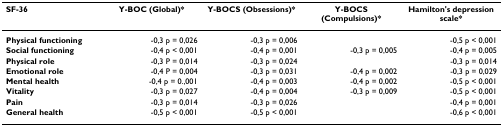
<table><thead><tr><td><b>SF-36</b></td><td><b>Y-BOC (Global)*</b></td><td><b>Y-BOCS (Obsessions)*</b></td><td><b>Y-BOCS (Compulsions)*</b></td><td><b>Hamilton&#x27;s depression scale*</b></td></tr></thead><tbody><tr><td><b>Physical functioning</b></td><td>-0,3 p = 0,026</td><td>-0,3 p = 0,006</td><td></td><td>-0,5 p &lt; 0,001</td></tr><tr><td><b>Social functioning</b></td><td>-0,4 p &lt; 0,001</td><td>-0,4 p = 0,001</td><td>-0,3 p = 0,005</td><td>-0,4 p = 0,005</td></tr><tr><td><b>Physical role</b></td><td>-0,3 P = 0,014</td><td>-0,3 p = 0,024</td><td></td><td>-0,3 p = 0,014</td></tr><tr><td><b>Emotional role</b></td><td>-0,4 P = 0,004</td><td>-0,3 p = 0,031</td><td>-0,4 p = 0,002</td><td>-0,3 p = 0,029</td></tr><tr><td><b>Mental health</b></td><td>-0,4 p = 0.,001</td><td>-0,4 p = 0,003</td><td>-0,4 p = 0,002</td><td>-0,5 p &lt; 0,001</td></tr><tr><td><b>Vitality</b></td><td>-0,3 p = 0,027</td><td>-0,4 p = 0,004</td><td>-0,3 p = 0,009</td><td>-0,5 p &lt; 0,001</td></tr><tr><td><b>Pain</b></td><td>-0,3 p = 0,014</td><td>-0,3 p = 0,026</td><td></td><td>-0,4 p = 0,001</td></tr><tr><td><b>General health</b></td><td>-0,5 p &lt; 0,001</td><td>-0,5 p &lt; 0,001</td><td></td><td>-0,6 p &lt; 0,001</td></tr></tbody></table>